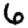
Digit: 6